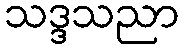
သဒ္ဒသညာ